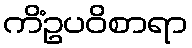
ကိံဥပဝိစာရာ